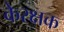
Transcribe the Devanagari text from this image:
केरक्षक